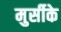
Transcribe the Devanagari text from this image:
मुर्सीके